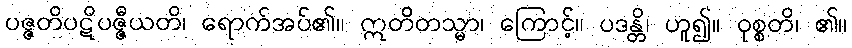
ပဇ္ဇတိပဋိပဇ္ဇီယတိ၊ ရောက်အပ်၏။ ဣတိတသ္မာ၊ ကြောင့်။ ပဒန္တိ၊ ဟူ၍။ ဝုစ္စတိ၊ ၏။